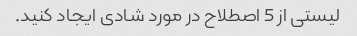
لیستی از 5 اصطلاح در مورد شادی ایجاد کنید.